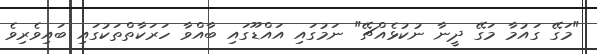
"މަގޭ ގައުމާ މަގޭ ދީނާ ނުކުޅެއްޗޭ" ނަމުގައި އައްޑޫގައި ބާއްވާ ހަރަކާތްތަކުގައި ބައިވެރިވެ